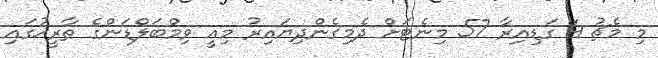
މި މެޗު 4 ގަޑިއިރާ 57 މިނެޓަށް ދެމިގެންދިޔައިރު މިއީ ވިމްބަލްޑަންގެ ތާރީޚުގައި